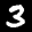
Label: 3